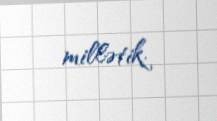
millətik.